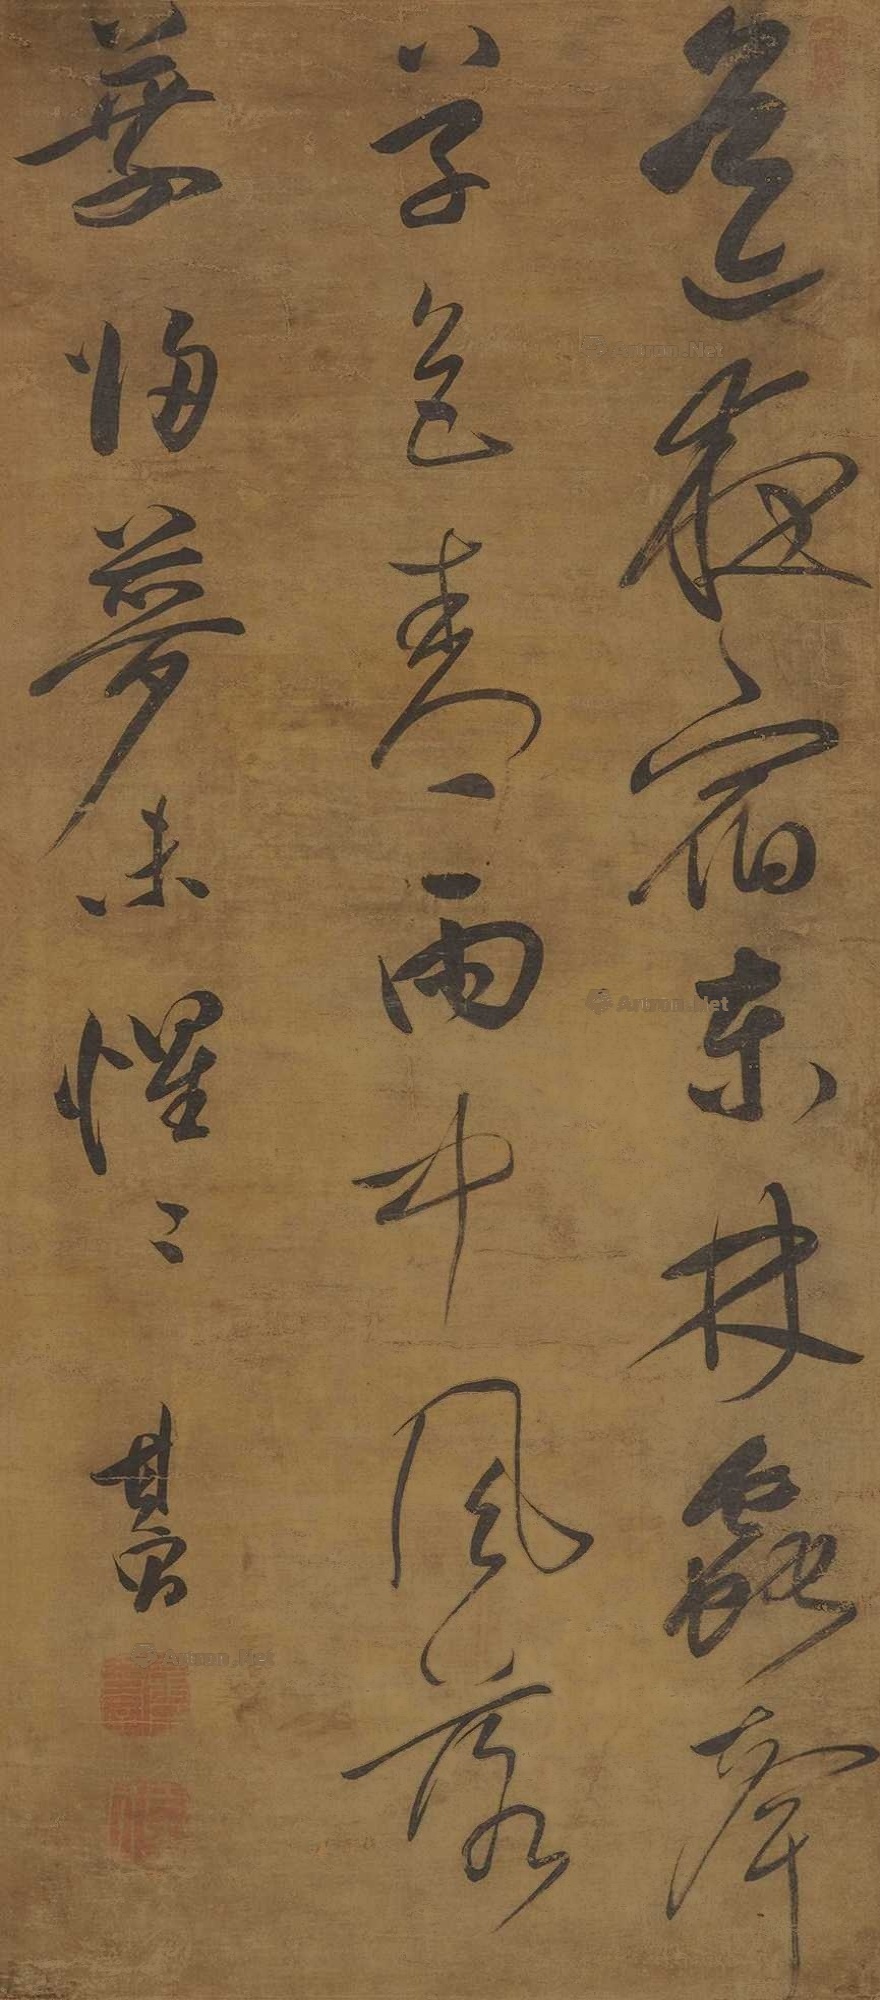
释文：遥夜宿东林，虫声草色青。雨中风落叶，归梦未惺惺其昌。